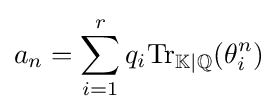
a_{n}=\sum _{i=1}^{r}q_{i}{\mathrm {Tr} }_{\mathbb {K} \mid \mathbb {Q} }(\theta _{i}^{n})